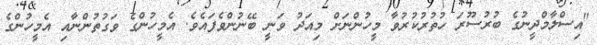
"އިސްލާމްދީނުގެ ބުރުސޫރަ ހުތުރުކުރުވާ މީހުންނަށް މިއަދު ވަނީ ބޭނުންވެފައެވެ. އެމީހުންގެ ވަގުތުންނާއި އެމީހުންގެ